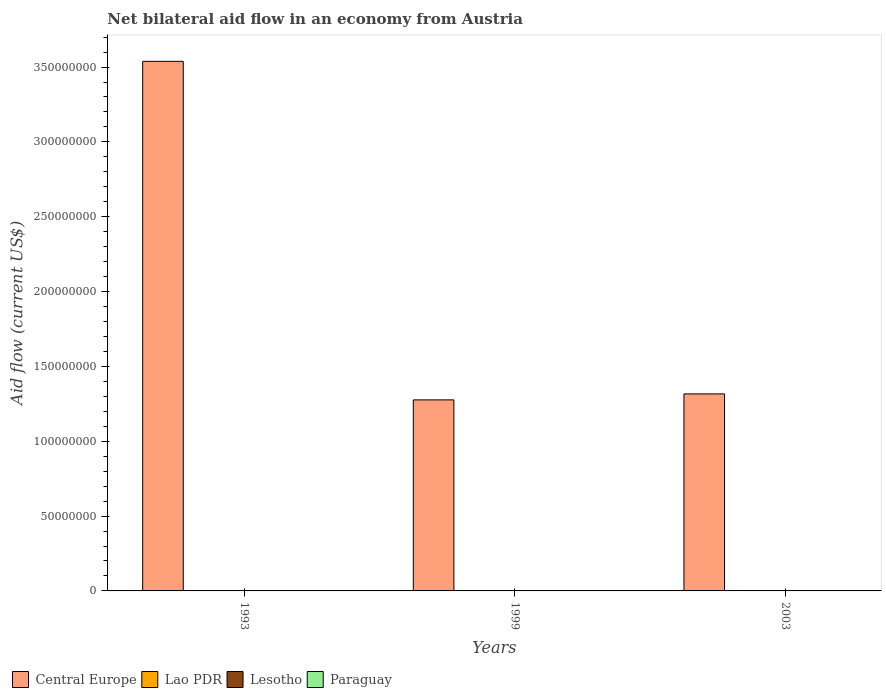
| Years | Central Europe | Lao PDR | Lesotho | Paraguay |
 | --- | --- | --- | --- | --- |
 | 1993 | 3.54e+08 | 1.5e+05 | 2e+04 | 3e+04 |
 | 1999 | 1.28e+08 | 1e+04 | 2e+04 | 2e+04 |
 | 2003 | 1.32e+08 | 2e+04 | 1e+05 | 1e+04 |